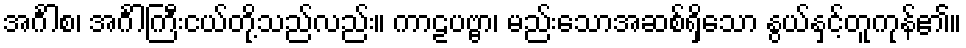
အင်္ဂါစ၊ အင်္ဂါကြီးငယ်တို့သည်လည်း။ ကာဠပဗ္ဗာ၊ မည်းသောအဆစ်ရှိသော နွယ်နှင့်တူကုန်၏။